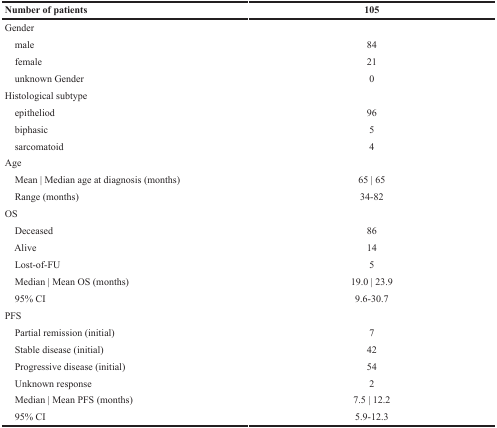
<table><thead><tr><td><b>Number of patients</b></td><td><b>105</b></td></tr></thead><tbody><tr><td>Gender</td><td></td></tr><tr><td> male</td><td>84</td></tr><tr><td> female</td><td>21</td></tr><tr><td> unknown Gender</td><td>0</td></tr><tr><td>Histological subtype</td><td></td></tr><tr><td> epitheliod</td><td>96</td></tr><tr><td> biphasic</td><td>5</td></tr><tr><td> sarcomatoid</td><td>4</td></tr><tr><td>Age</td><td></td></tr><tr><td> Mean | Median age at diagnosis (months)</td><td>65 | 65</td></tr><tr><td> Range (months)</td><td>34-82</td></tr><tr><td>OS</td><td></td></tr><tr><td> Deceased</td><td>86</td></tr><tr><td> Alive</td><td>14</td></tr><tr><td> Lost-of-FU</td><td>5</td></tr><tr><td> Median | Mean OS (months)</td><td>19.0 | 23.9</td></tr><tr><td> 95% CI</td><td>9.6-30.7</td></tr><tr><td>PFS</td><td></td></tr><tr><td> Partial remission (initial)</td><td>7</td></tr><tr><td> Stable disease (initial)</td><td>42</td></tr><tr><td> Progressive disease (initial)</td><td>54</td></tr><tr><td> Unknown response</td><td>2</td></tr><tr><td> Median | Mean PFS (months)</td><td>7.5 | 12.2</td></tr><tr><td> 95% CI</td><td>5.9-12.3</td></tr></tbody></table>